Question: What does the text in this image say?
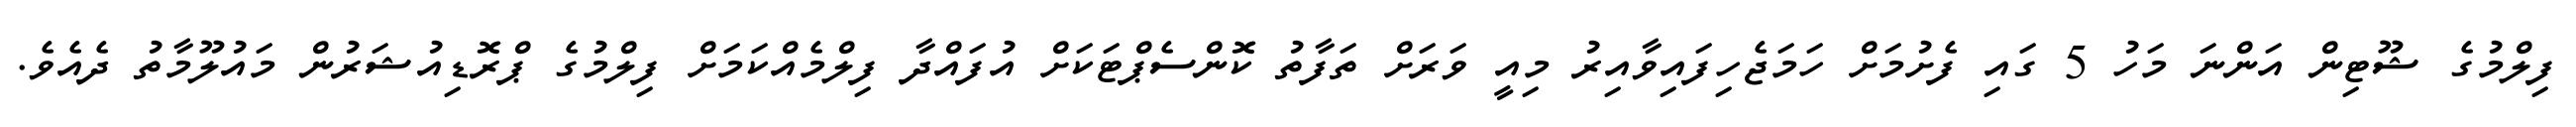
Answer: ފިލްމުގެ ޝޫޓިން އަންނަ މަހު 5 ގައި ފެށުމަށް ހަމަޖެހިފައިވާއިރު މިއީ ވަރަށް ތަފާތު ކޮންސެޕްޓަކަށް އުފައްދާ ފިލްމެއްކަމަށް ފިލްމުގެ ޕްރޮޑިއުޝަރުން މައުލޫމާތު ދެއެވެ.